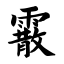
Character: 霰